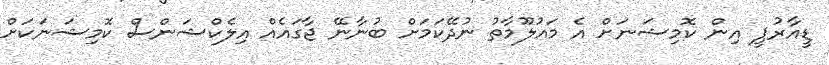
ޑީއާރުޕީ އިން ކޮމިޝަނަށް އެ މައުލޫމާތު ނުދޭކަމަށް ބުނާނޭ ޖާގައެއް އިލެކްޝަންސް ކޮމިޝަނަކަށް